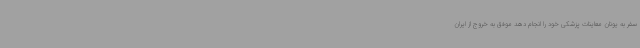
سفر به یونان معاینات پزشکی خود را انجام دهد موفق به خروج از ایران